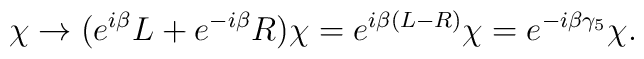
\chi \to (e^{i\beta} L + e^{-i\beta} R) \chi = e^{i\beta(L - R)}\chi =e^{-i\beta\gamma_5}\chi.